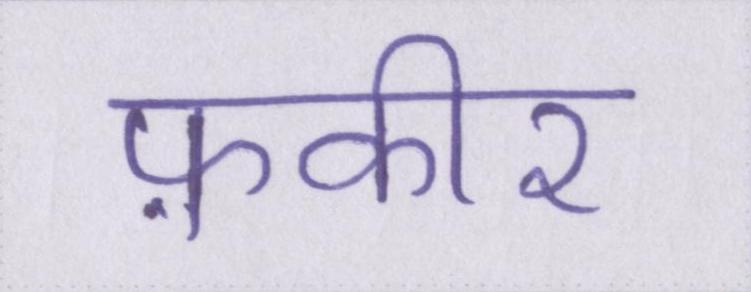
फ़कीर